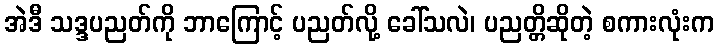
အဲဒီ သဒ္ဒပညတ်ကို ဘာကြောင့် ပညတ်လို့ ခေါ်သလဲ၊ ပညတ္တိဆိုတဲ့ စကားလုံးက